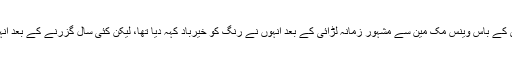
1997 میں ڈبلیو ڈبلیو ای کے باس وینس مک مین سے مشہور زمانہ لڑائی کے بعد انہوں نے رنگ کو خیرباد کہہ دیا تھا، لیکن کئی سال گزرنے کے بعد انہوں نے وقتی کم بیک کیا۔